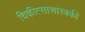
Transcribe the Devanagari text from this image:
चिकीत्साशास्त्रकी